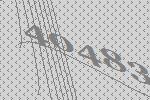
40483